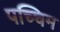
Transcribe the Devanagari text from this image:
पच्चिम